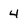
Character: 4